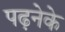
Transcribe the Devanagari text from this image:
पढ़नेके